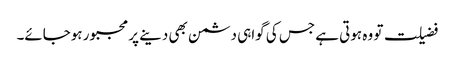
فضیلت تو وہ ہوتی ہے جس کی گواہی دشمن بھی دینے پر مجبور ہوجائے۔